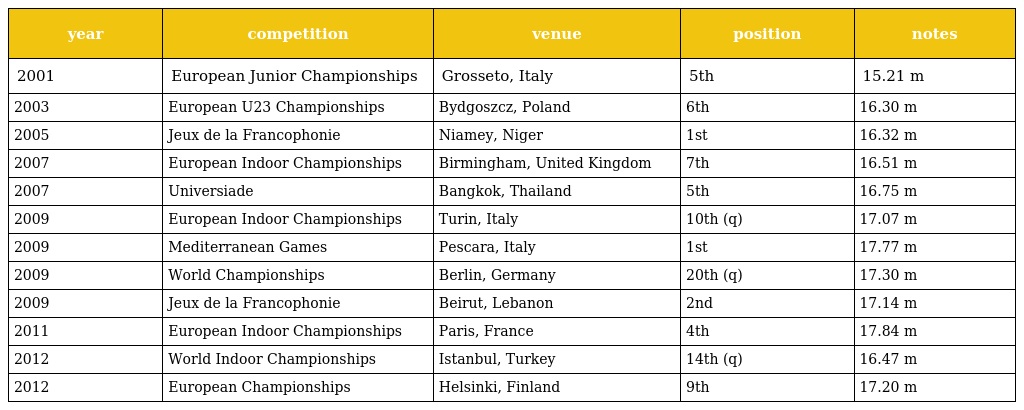
| year | competition | venue | position | notes |
 | --- | --- | --- | --- | --- |
 | 2001 | European Junior Championships | Grosseto, Italy | 5th | 15.21 m |
 | 2003 | European U23 Championships | Bydgoszcz, Poland | 6th | 16.30 m |
 | 2005 | Jeux de la Francophonie | Niamey, Niger | 1st | 16.32 m |
 | 2007 | European Indoor Championships | Birmingham, United Kingdom | 7th | 16.51 m |
 | 2007 | Universiade | Bangkok, Thailand | 5th | 16.75 m |
 | 2009 | European Indoor Championships | Turin, Italy | 10th (q) | 17.07 m |
 | 2009 | Mediterranean Games | Pescara, Italy | 1st | 17.77 m |
 | 2009 | World Championships | Berlin, Germany | 20th (q) | 17.30 m |
 | 2009 | Jeux de la Francophonie | Beirut, Lebanon | 2nd | 17.14 m |
 | 2011 | European Indoor Championships | Paris, France | 4th | 17.84 m |
 | 2012 | World Indoor Championships | Istanbul, Turkey | 14th (q) | 16.47 m |
 | 2012 | European Championships | Helsinki, Finland | 9th | 17.20 m |